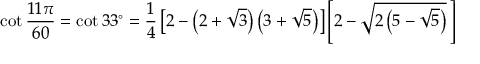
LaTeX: \cot { \frac { 1 1 \pi } { 6 0 } } = \cot 3 3 ^ { \circ } = { \frac { 1 } { 4 } } \left[ 2 - \left( 2 + { \sqrt { 3 } } \right) \left( 3 + { \sqrt { 5 } } \right) \right] \left[ 2 - { \sqrt { 2 \left( 5 - { \sqrt { 5 } } \right) } } \, \right]